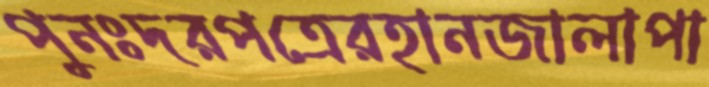
পুনঃদরপত্রেরহানজালাপা